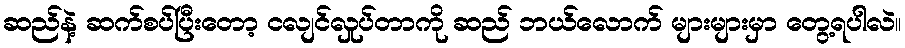
ဆည်နဲ့ ဆက်စပ်ပြီးတော့ ငလျင်လှုပ်တာကို ဆည် ဘယ်လောက် များများမှာ တွေ့ရပါလဲ။